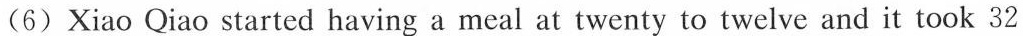
(6)Xiao Qiao started having a meal at twenty to twelve and it took 32